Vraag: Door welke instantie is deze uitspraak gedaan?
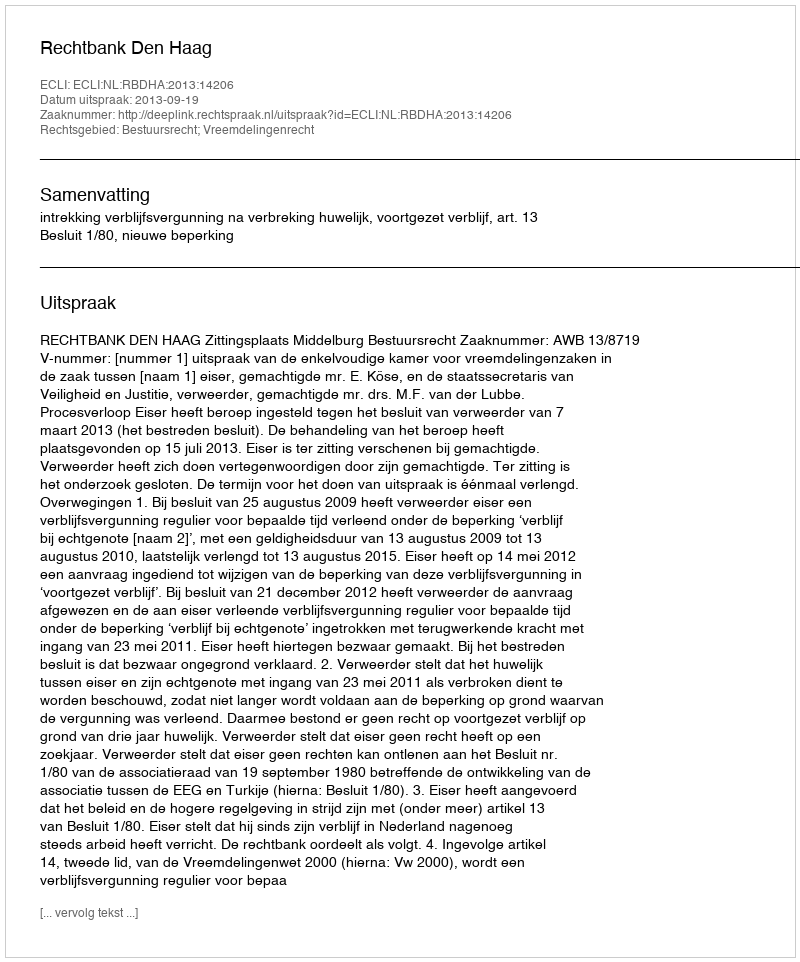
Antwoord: Rechtbank Den Haag